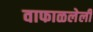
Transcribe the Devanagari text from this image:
वाफाळलेली